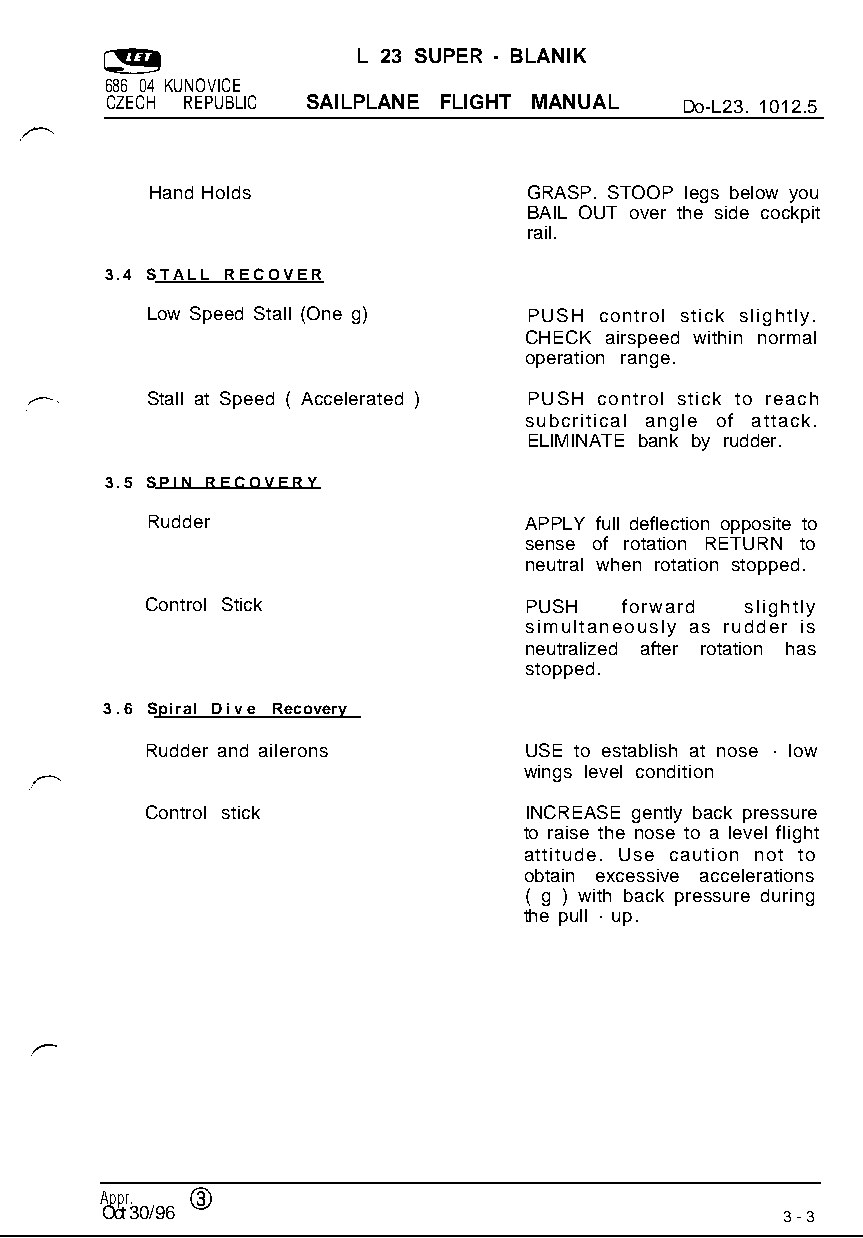
L 23 SUPER - BLANIK
 686 04 KUNOVICE
 CZECH REPUBLIC SAILPLANE FLIGHT MANUAL Do-L23. 1012.5
 Hand Holds               GRASP. STOOP legs below you
 BAIL OUT over the side cockpit
 rail.
 3.4 STALL RECOVER
 Low Speed Stall (One g)  PUSH control stick slightly.
 CHECK airspeed within normal
 operation range.
 Stall at Speed ( Accelerated ) PUSH control stick to reach
 subcritical angle of attack.
 ELIMINATE bank by rudder.
 3.5 SPIN RECOVERY
 Rudder                   APPLY full deflection opposite to
 sense of rotation RETURN to
 neutral when rotation stopped.
 Control Stick            PUSH  forward slightly
 simultaneously as rudder is
 neutralized after rotation has
 stopped.
 3.6 Spiral Dive Recovery
 Rudder and ailerons      USE to establish at nose - low
 wings level condition
 Control stick            INCREASE gently back pressure
 to raise the nose to a level flight
 attitude. Use caution not to
 obtain excessive accelerations
 ( g ) with back pressure during
 the pull - up.
 Appr. @
 Oct 30/960/96                                3-3